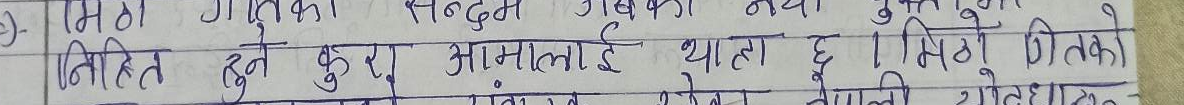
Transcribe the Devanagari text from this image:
-) मिठा गितिका सन्दर्भ गएका नयाँ सुरु भित्रको
निहित हुने कुरा आमालाई थाहा छ । मिठो गीतको